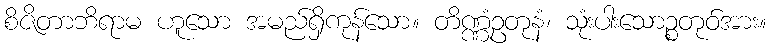
စိဇိတာဘိရာမ ဟူသော အမည်ရှိကုန်သော။ တိဏ္ဏံဥတုနံ၊ သုံးပါးသောဉ္စတုဝ်အား။